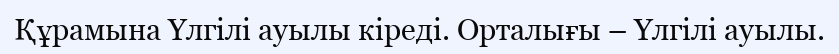
Құрамына Үлгілі ауылы кіреді. Орталығы – Үлгілі ауылы.